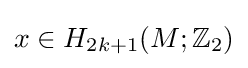
x\in H_{2k+1}(M;\mathbb {Z} _{2})